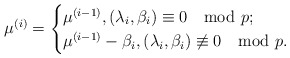
\begin{align*} \mu^{(i)}=\begin{cases}\mu^{(i-1)}, (\lambda_i, \beta_i)\equiv 0 \mod p;\cr \mu^{(i-1)}-\beta_i, (\lambda_i, \beta_i)\not\equiv0\mod p. \end{cases} \end{align*}